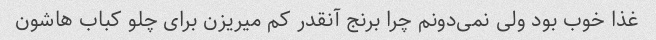
غذا خوب بود ولی نمی‌دونم چرا برنج آنقدر کم میریزن برای چلو کباب هاشون